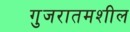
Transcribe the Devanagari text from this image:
गुजरातमशील